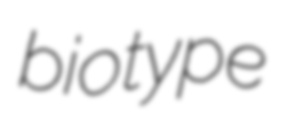
biotype